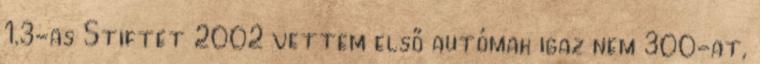
1.3-as Stiftet 2002 vettem első autómak igaz nem 300-at,